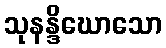
သုနန္ဒိဃောသော